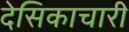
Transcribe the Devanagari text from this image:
देसिकाचारी